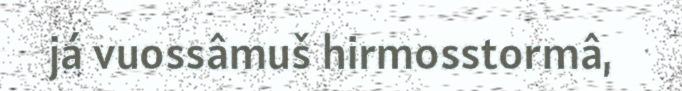
já vuossâmuš hirmosstormâ,